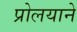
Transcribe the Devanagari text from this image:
प्रोलयाने